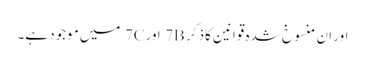
اور ان منسوخ شدہ قوانین کا ذکر 7B اور7C میں موجود ہے۔